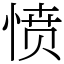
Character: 愤